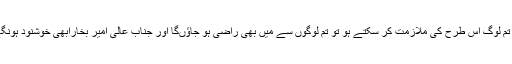
اگر تم لوگ اس طرح کی ملازمت کر سکتے ہو تو تم لوگوں سے میں بھی راضی ہو جاﺅںگا اور جناب عالی امیرِ بخارابھی خوشنود ہونگے ۔